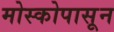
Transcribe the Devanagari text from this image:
मोस्कोपासून